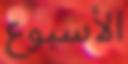
الأسبوع